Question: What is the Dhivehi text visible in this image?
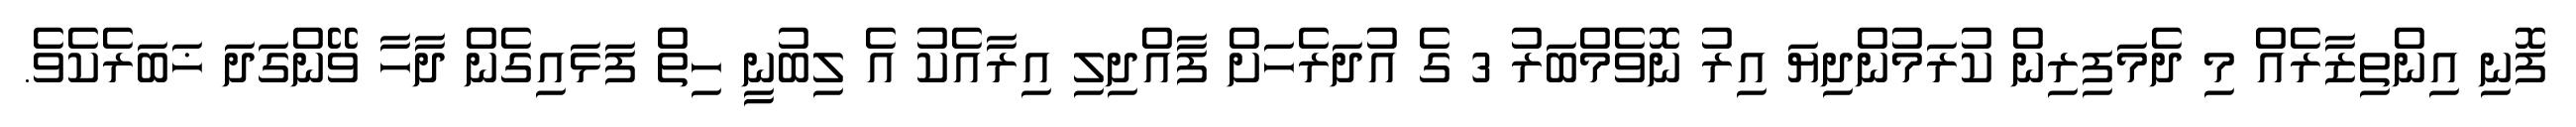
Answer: ފޮނި އިންތިޒާރެއް މި ދެމަފިރިން ކުރަމުންދިޔަ އިރު ނޮވެމްބަރު 3 ގެ އުދަރެހަށް ފާއްދިލި އިރާއެކު އެ ލިބުނީ ހިތް ފަޅައިގެން ދާހާ ވޭންގަދަ ޚަބަރެކެވެ.